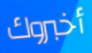
أخبروك